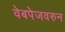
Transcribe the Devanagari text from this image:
वेबपेजवरुन